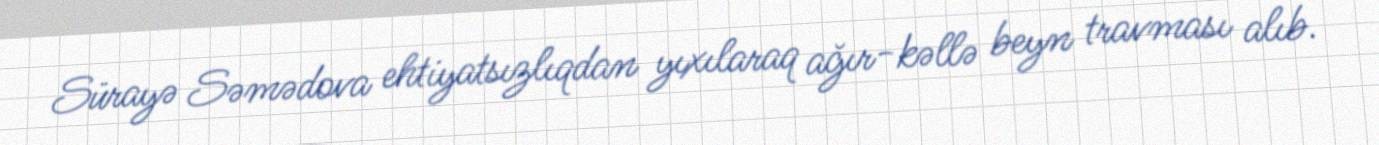
Sürayə Səmədova ehtiyatsızlıqdan yıxılaraq ağır-kəllə beyn travması alıb.